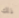
ذلك